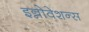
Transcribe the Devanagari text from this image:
इन्नोवेशन्स